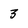
Character: 3